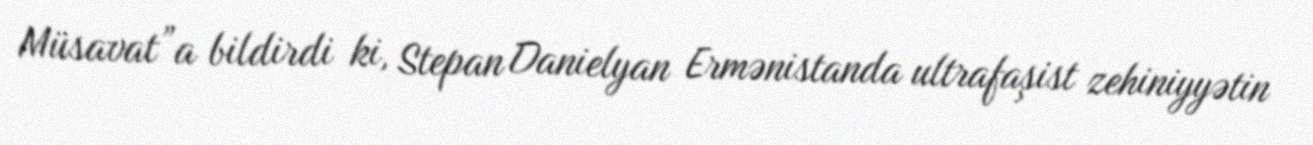
Müsavat”a bildirdi ki, Stepan Danielyan Ermənistanda ultrafaşist zehiniyyətin